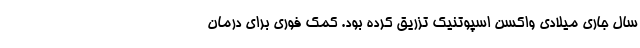
سال جاری میلادی واکسن اسپوتنیک تزریق کرده بود. کمک فوری برای درمان